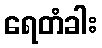
ရေတံခါး